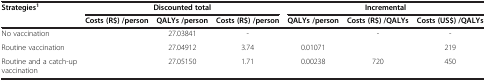
<table><thead><tr><td rowspan="2"><b>Strategies<sup>1</sup></b></td><td colspan="3"><b>Discounted total</b></td><td colspan="3"><b>Incremental</b></td></tr><tr><td><b>Costs (R$) /person</b></td><td><b>QALYs /person</b></td><td><b>Costs (R$) /person</b></td><td><b>QALYs /person</b></td><td><b>Costs (R$) /QALYs</b></td><td><b>Costs (US$) /QALYs</b></td></tr></thead><tbody><tr><td>No vaccination</td><td>[EMPTY_CELL]</td><td>27.03841</td><td>-</td><td>[EMPTY_CELL]</td><td>-</td><td>-</td></tr><tr><td>Routine vaccination</td><td>[EMPTY_CELL]</td><td>27.04912</td><td>3.74</td><td>0.01071</td><td>[EMPTY_CELL]</td><td>219</td></tr><tr><td>Routine and a catch-up vaccination</td><td>[EMPTY_CELL]</td><td>27.05150</td><td>1.71</td><td>0.00238</td><td>720</td><td>450</td></tr></tbody></table>